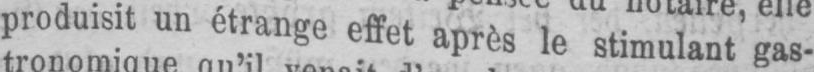
produisit un étrange effet après le stimulant gas-